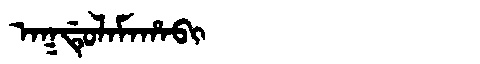
Manchu: ᠠᡴᡩᡠᠯᠠᠮᠠᡥᠠᠪᡳ
Romanization: AKDULAMAHABI